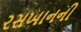
રસખાનની